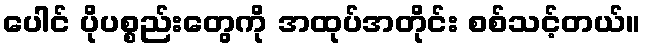
ပေါင် ပိုပစ္စည်းတွေကို အထုပ်အတိုင်း စစ်သင့်တယ်။